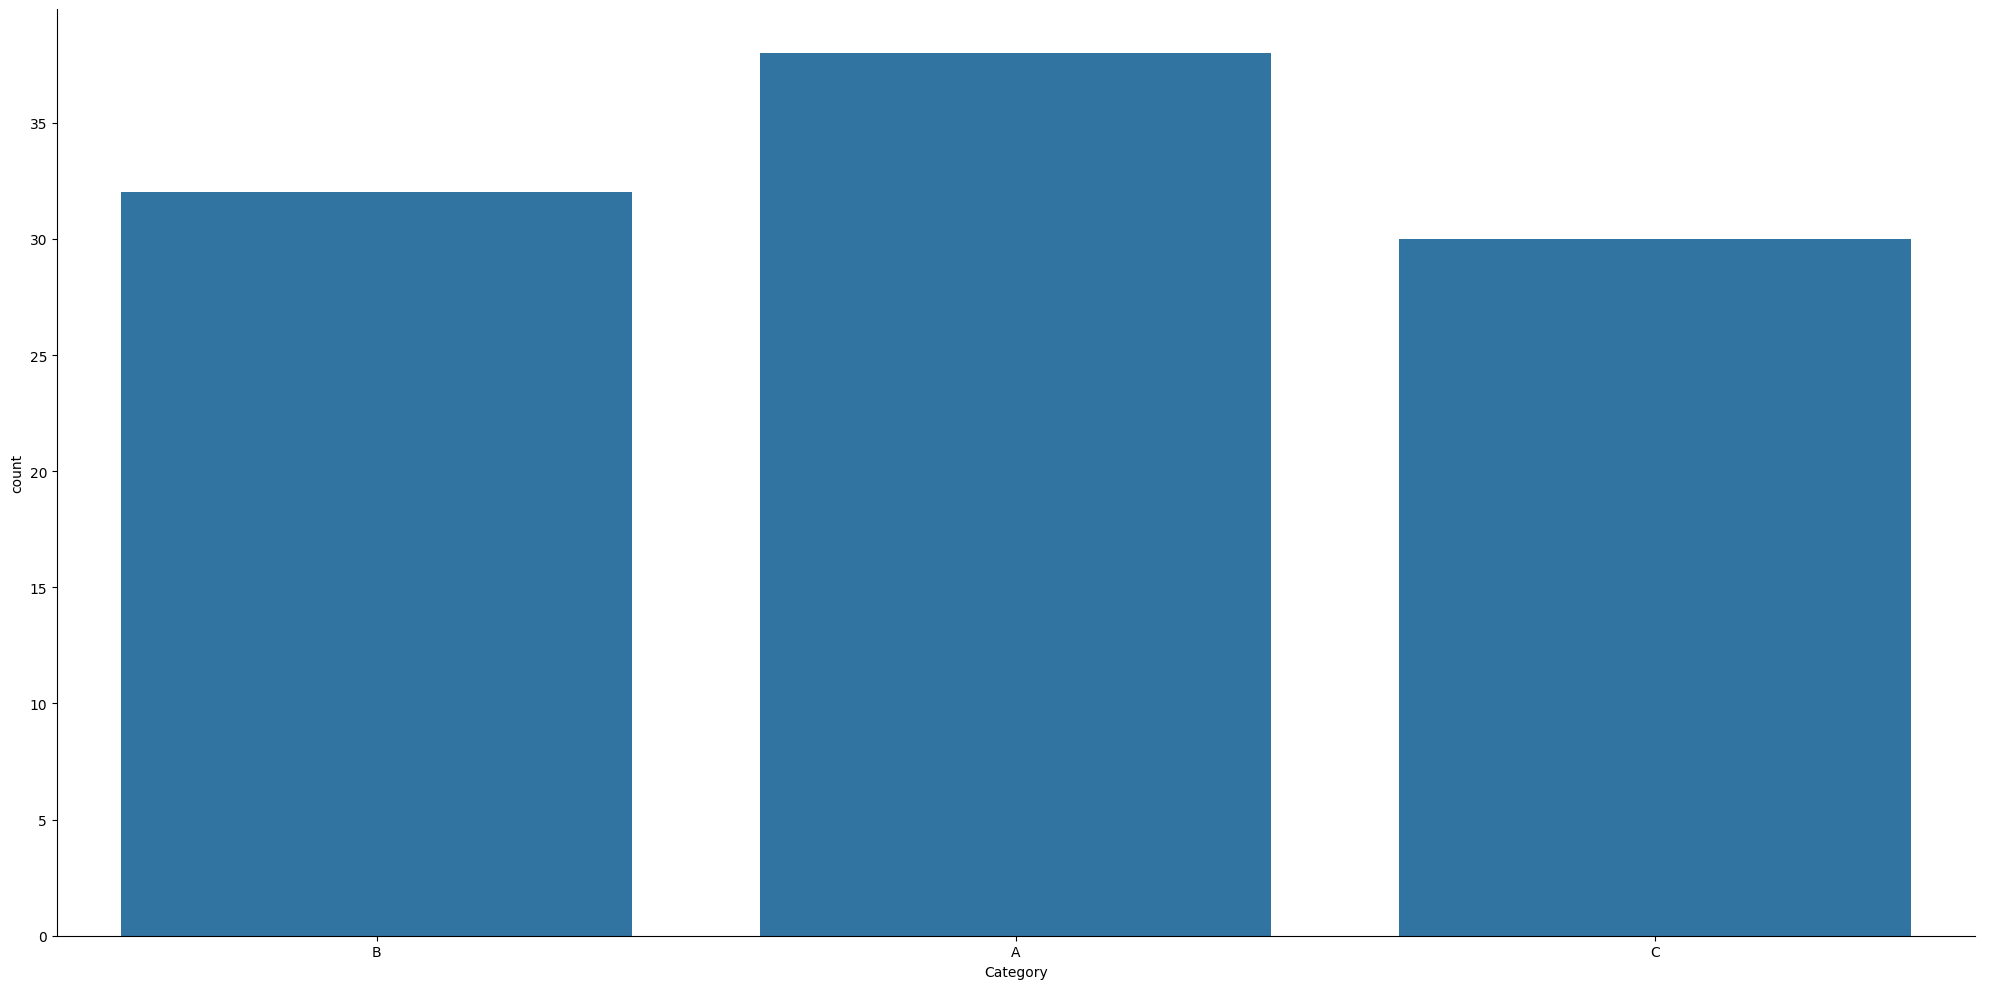
python, seaborn, catplot, kind='count', height=10, aspect=2